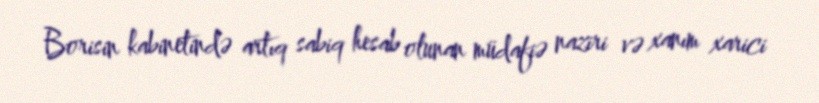
Borisin kabinetində artıq sabiq hesab olunan müdafiə naziri və xanım xarici